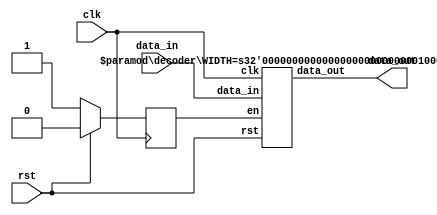
module decoder_top #(parameter WIDTH=32) (clk,rst,data_in,data_out);
    input clk;
    input rst;
    input [WIDTH-1:0] data_in;
    output [WIDTH-1:0] data_out;

    reg enable;
    wire [WIDTH-1:0] d_out;
    
    always @ (posedge clk) begin
        if (rst)
            enable <= 0;
        else
            enable <= 1;
    end

    decoder #(.WIDTH(WIDTH)) decoder_inst (.clk(clk),.rst(rst),.data_in(data_in),.data_out(d_out),.en(enable));

    assign data_out=d_out;
endmodule


module decoder #(parameter WIDTH=32)(
    input [WIDTH-1:0] data_in,
    input en,
    input rst,
    input clk,
    output reg [WIDTH-1:0] data_out
    );
    reg [WIDTH-1:0 ] data_out_w;
    
    always @ (posedge clk) begin
        if (rst)
            data_out <= 0;
        else
            if (!en)
                data_out <= 0;
            else
                data_out <= data_out_w;
    end
    
    always @ (data_in) begin
        case(data_in) // synopsys full_case
            32'b00000000000000000000000000000000: data_out_w = 32'd11111110;
            32'b00000000000000000000000000000001: data_out_w = 32'd11111101;
            32'b00000000000000000000000000000010: data_out_w = 32'd11111011;
            32'b00000000000000000000000000000011: data_out_w = 32'd11110111;
            32'b00000000000000000000000000000100: data_out_w = 32'd11101111;
            32'b00000000000000000000000000000101: data_out_w = 32'd11011111;
            32'b00000000000000000000000000000110: data_out_w = 32'd10111111;
            32'b00000000000000000000000000000111: data_out_w = 32'd01111111;
 	 	 	default: data_out_w = 32'd11111111;
         endcase
    end
    
endmodule